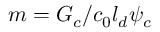
m = G _ { c } / c _ { 0 } l _ { d } \psi _ { c }